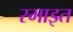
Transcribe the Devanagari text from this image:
स्माइत